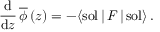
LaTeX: \frac { \mathrm { d } } { \mathrm { d } z } \, { \overline { { \phi } } } \, ( z ) = - \langle \mathrm { s o l } \, | \, F \, | \, \mathrm { s o l } \rangle \, .